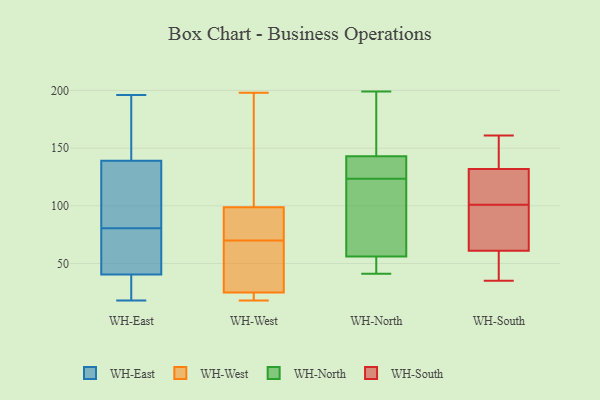
{"axis": {"x": "Net Income (USD K)", "y": "Value"}, "legend": ["WH-East", "WH-North", "WH-South", "WH-West"], "data": [{"x": "", "y": 196, "type": "WH-East"}, {"x": "", "y": 44, "type": "WH-East"}, {"x": "", "y": 99, "type": "WH-East"}, {"x": "", "y": 37, "type": "WH-East"}, {"x": "", "y": 178, "type": "WH-East"}, {"x": "", "y": 21, "type": "WH-East"}, {"x": "", "y": 155, "type": "WH-East"}, {"x": "", "y": 106, "type": "WH-East"}, {"x": "", "y": 64, "type": "WH-East"}, {"x": "", "y": 72, "type": "WH-East"}, {"x": "", "y": 130, "type": "WH-East"}, {"x": "", "y": 29, "type": "WH-East"}, {"x": "", "y": 18, "type": "WH-East"}, {"x": "", "y": 148, "type": "WH-East"}, {"x": "", "y": 89, "type": "WH-East"}, {"x": "", "y": 50, "type": "WH-East"}, {"x": "", "y": 26, "type": "WH-West"}, {"x": "", "y": 96, "type": "WH-West"}, {"x": "", "y": 18, "type": "WH-West"}, {"x": "", "y": 28, "type": "WH-West"}, {"x": "", "y": 73, "type": "WH-West"}, {"x": "", "y": 74, "type": "WH-West"}, {"x": "", "y": 44, "type": "WH-West"}, {"x": "", "y": 70, "type": "WH-West"}, {"x": "", "y": 139, "type": "WH-West"}, {"x": "", "y": 24, "type": "WH-West"}, {"x": "", "y": 107, "type": "WH-West"}, {"x": "", "y": 25, "type": "WH-West"}, {"x": "", "y": 21, "type": "WH-West"}, {"x": "", "y": 198, "type": "WH-West"}, {"x": "", "y": 119, "type": "WH-West"}, {"x": "", "y": 22, "type": "WH-West"}, {"x": "", "y": 73, "type": "WH-West"}, {"x": "", "y": 84, "type": "WH-North"}, {"x": "", "y": 110, "type": "WH-North"}, {"x": "", "y": 137, "type": "WH-North"}, {"x": "", "y": 165, "type": "WH-North"}, {"x": "", "y": 41, "type": "WH-North"}, {"x": "", "y": 199, "type": "WH-North"}, {"x": "", "y": 56, "type": "WH-North"}, {"x": "", "y": 139, "type": "WH-North"}, {"x": "", "y": 143, "type": "WH-North"}, {"x": "", "y": 56, "type": "WH-North"}, {"x": "", "y": 81, "type": "WH-South"}, {"x": "", "y": 85, "type": "WH-South"}, {"x": "", "y": 112, "type": "WH-South"}, {"x": "", "y": 161, "type": "WH-South"}, {"x": "", "y": 161, "type": "WH-South"}, {"x": "", "y": 105, "type": "WH-South"}, {"x": "", "y": 48, "type": "WH-South"}, {"x": "", "y": 35, "type": "WH-South"}, {"x": "", "y": 132, "type": "WH-South"}, {"x": "", "y": 124, "type": "WH-South"}, {"x": "", "y": 61, "type": "WH-South"}, {"x": "", "y": 97, "type": "WH-South"}, {"x": "", "y": 155, "type": "WH-South"}, {"x": "", "y": 42, "type": "WH-South"}]}